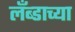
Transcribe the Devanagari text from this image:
लँब्डाच्या